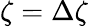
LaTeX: \zeta=\Delta\zeta